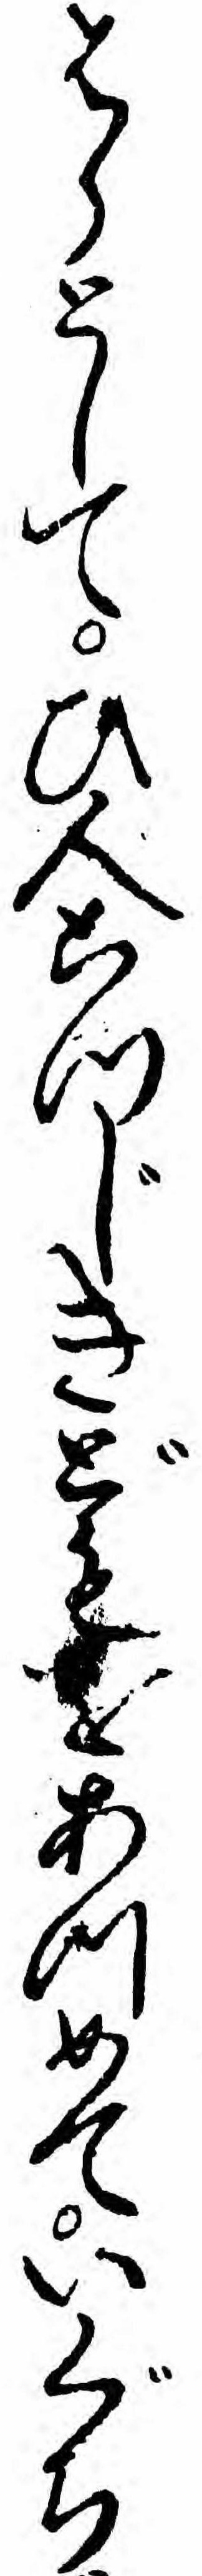
はらとしてひ人こつじきどもをあつめていぐち